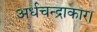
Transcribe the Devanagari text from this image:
अर्धचन्द्राकार।